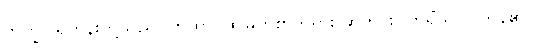
ဘိက္ခူ၊ ရဟန်းတို့သည်။ တထာ၊ ထိုမြတ်စွာဘုရား ဆိုတိုင်း။ ကရိံသု၊ ပြုကုန်၏။